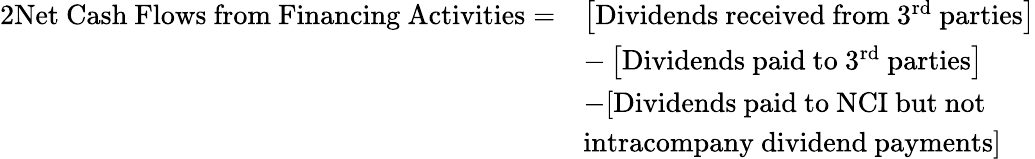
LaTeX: \begin{array}{rl}{{2}\mathrm{Net~Cash~Flows~from~Financing~Activities}=}&{\left[\mathrm{Dividends~received~from~}3^{\mathrm{rd}}\mathrm{~parties}\right]}\\ &{-\left[\mathrm{Dividends~paid~to~}3^{\mathrm{rd}}\mathrm{~parties}\right]}\\ &{-[\mathrm{Dividends~paid~to~NCI~but~not}}\\ &{\mathrm{intracompany~dividend~payments}]}\end{array}